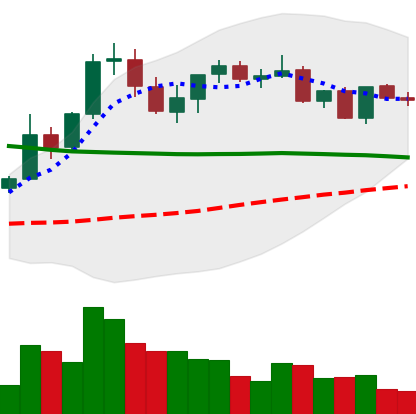
Ticker: XRP-USD
Chart end date: 2021-08-29
Forward return: 13.201%
Label: up_7plus